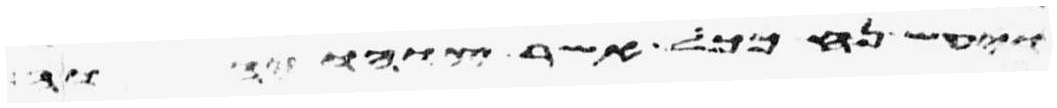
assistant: ויעש נח ככל אשר צוהו יהוה